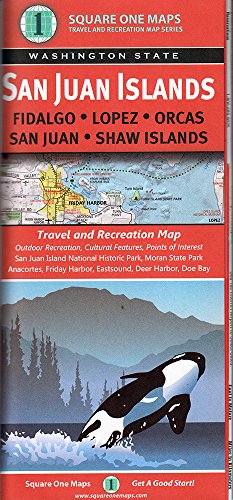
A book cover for San Juan Islands (WA State); Square One Maps; Travel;